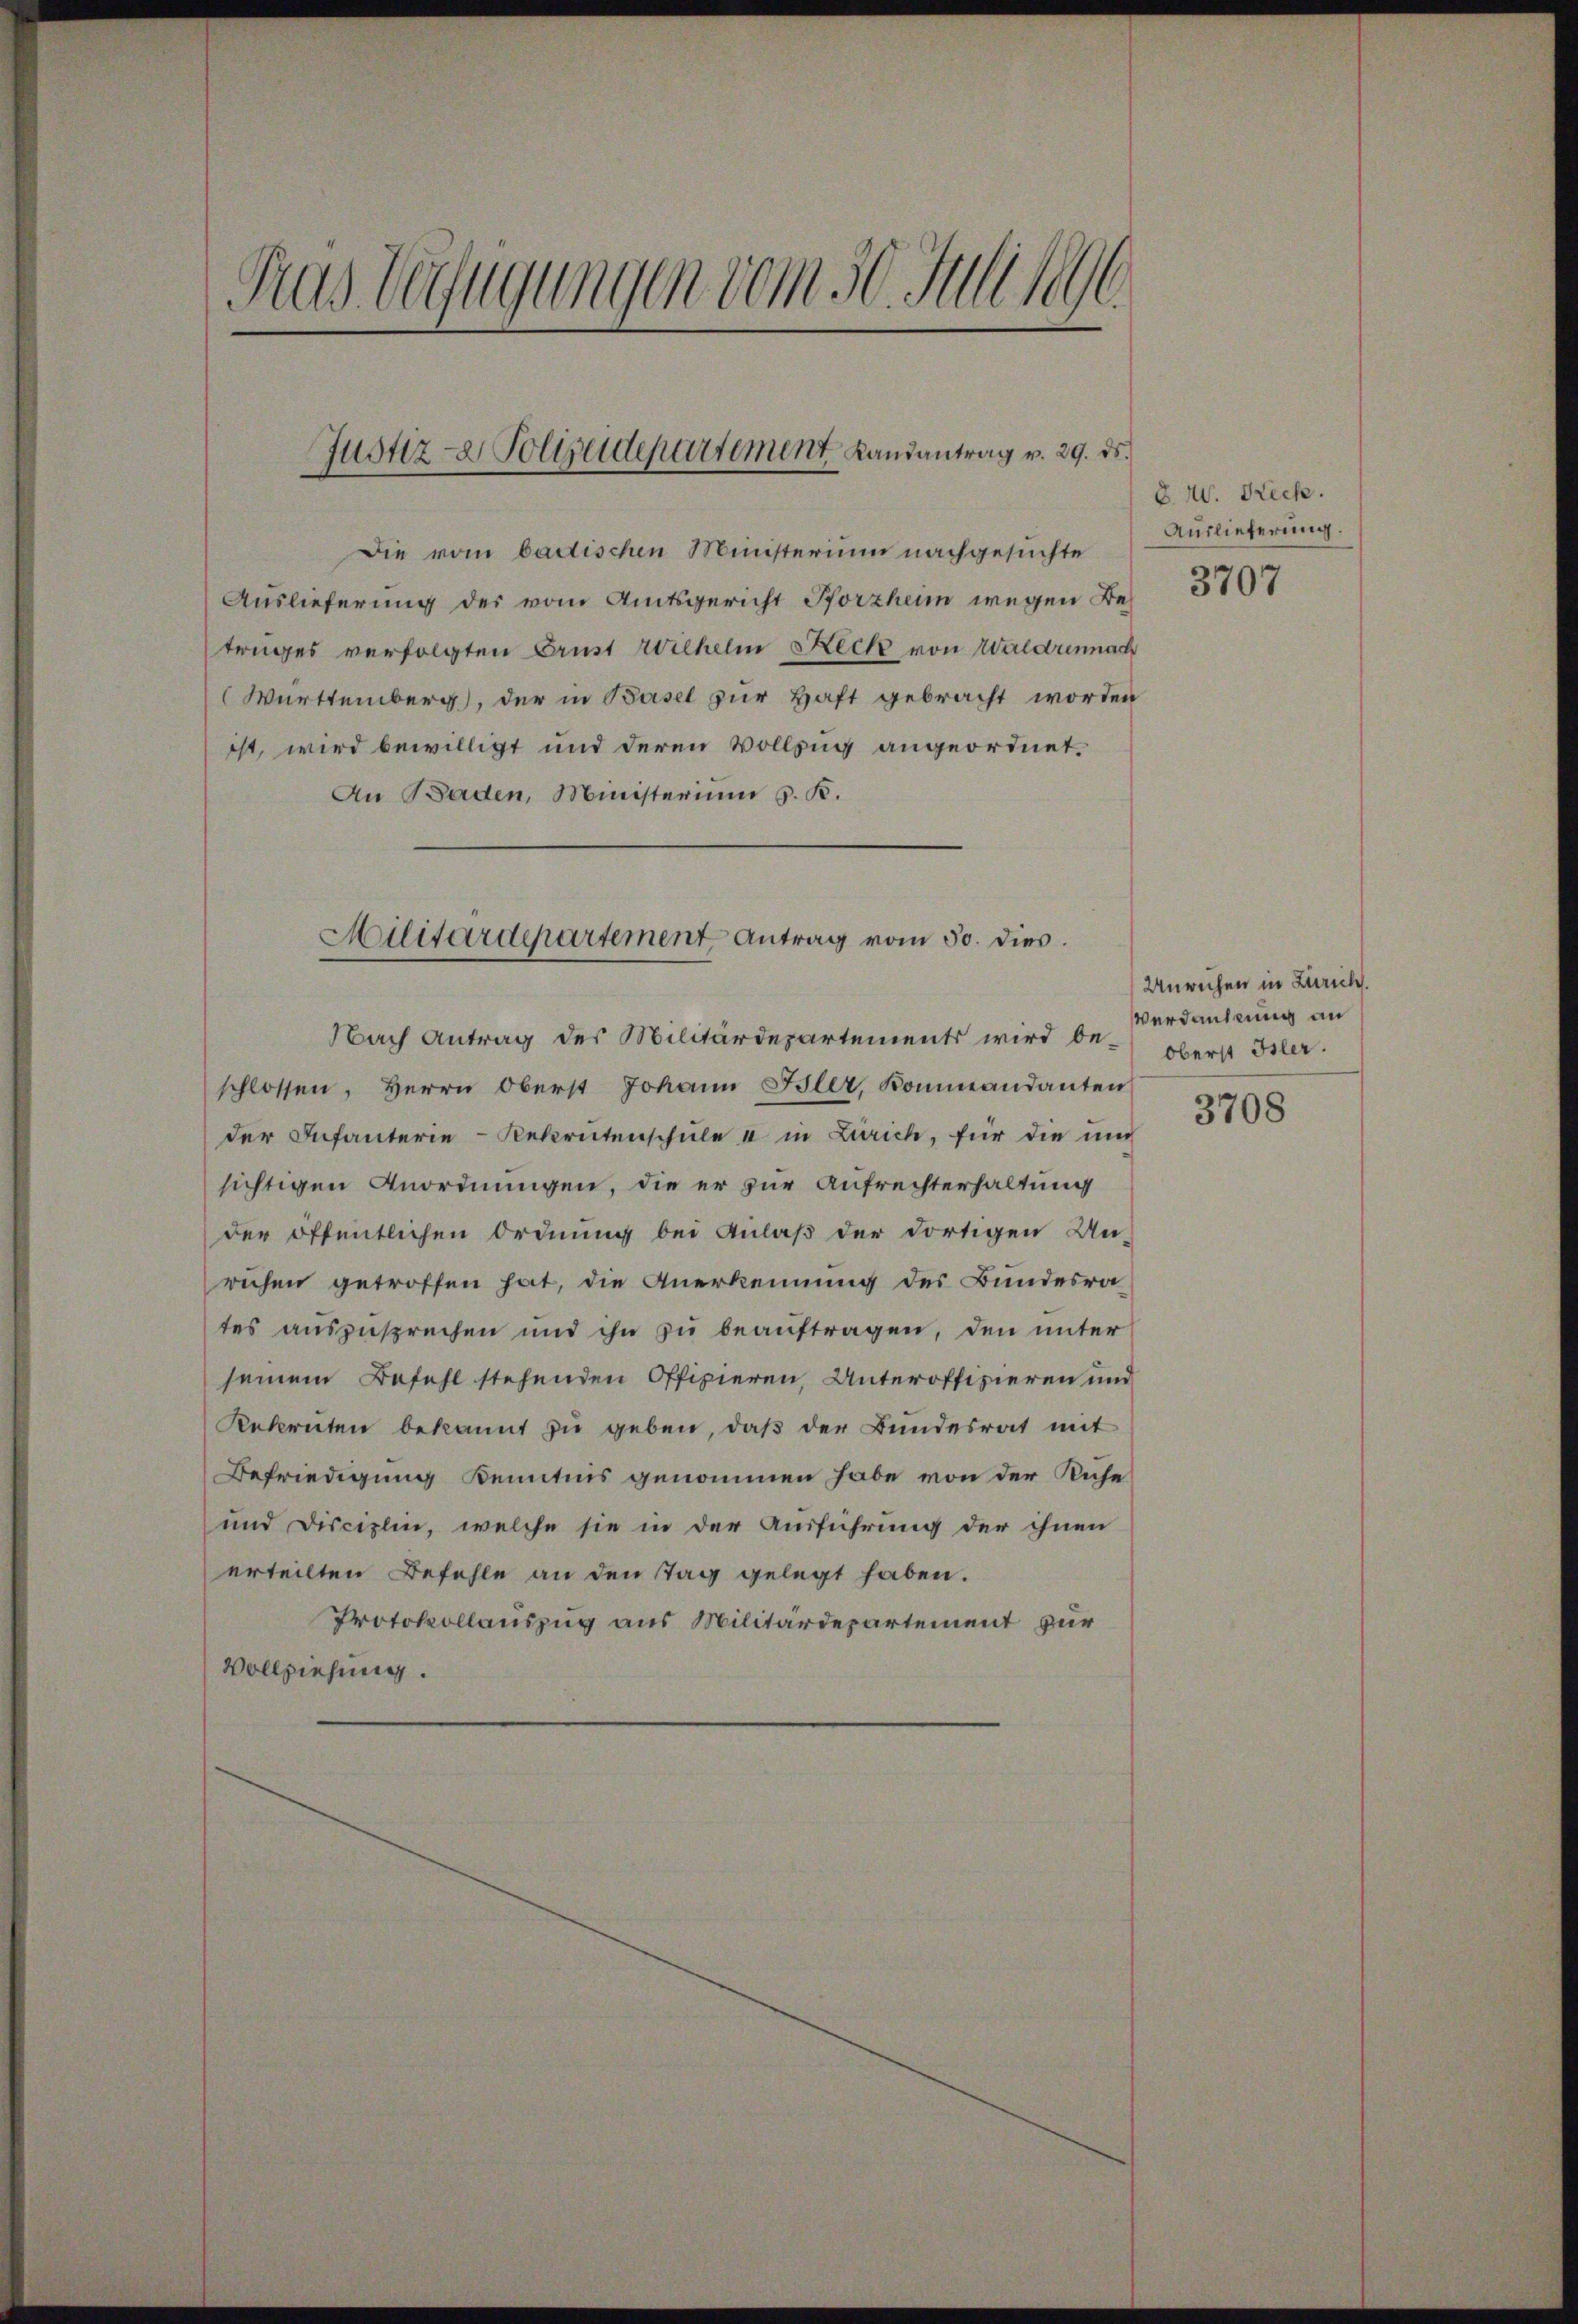
Das Verfügungen vom 30. Juli 1896

Die vom bactischen Ministerium nachgesuchte
Auslieferung der vom Amtsgericht Pforzheim wegen Betrages verfolgten Brust Wilhelm Keck von Waldunnach
Württemberg), der in Basel zur Haft gebracht worden
ist, wird bewilligt und deren Vollzug angeordnet.
An Baden, Ministerium S. K.
Nach Antrag des Militärdepartements wird beschlossen, Herrn Oberst Johann Isler, Kommandanten
der Infanterie-Rekrutenschule u in Zürich, für die und
sichtigen Anordnungen, die er zur Aufrechterhaltung
der öffentlichen Ordnung bei Anlaß der dortigen Un-
ruhen getroffen hat, die Anerkennung des Bundesra
tes auszusprechen und ihn zu beauftragen, den unter
seinem Befehl stehenden Offizieren, Unteroffizieren und
Rekruten bekannt zu geben, daß der Bundesrat mit
Befriedigung Kenntnis genommen habe von der Ruhe
und Disciplin, welche sie in der Ausführung der ihnen
erteilten Befehle an den Tag gelegt haben.
Protokollauszug aus Militärdepartement zur
Vollziehung.

Justiz- & Polizeidepartement Kandantrag v. 29. ds.

Militärdepartement Antrag vom 30. dies.

8.W. Reck.
Auslieferung.
3707

Unruhen in Zürich.
Verdankung an
Oberst Isler.

3708